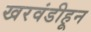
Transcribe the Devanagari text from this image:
खरवंडीहून